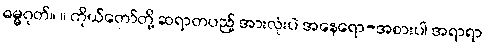
ဓမ္မဂုတ်။ ။ ကိုယ်တော်တို့ ဆရာတပည့် အားလုံးပဲ အနေရော-အစားပါ အရာရာ